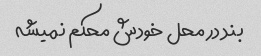
بند در محل خودش محکم نمیشه